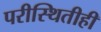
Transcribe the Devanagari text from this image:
परीस्थितीही